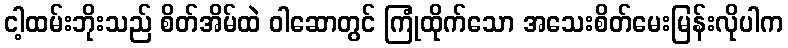
ငါ့ထမ်းဘိုးသည် စိတ်အိမ်ထဲ ဝါဆောတွင် ကြုံထိုက်သော အသေးစိတ်မေးမြန်းလိုပါက